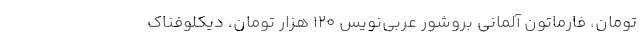
تومان، فارماتون آلمانی بروشور عربی‌نویس ۱۲۰ هزار تومان، دیکلوفناک